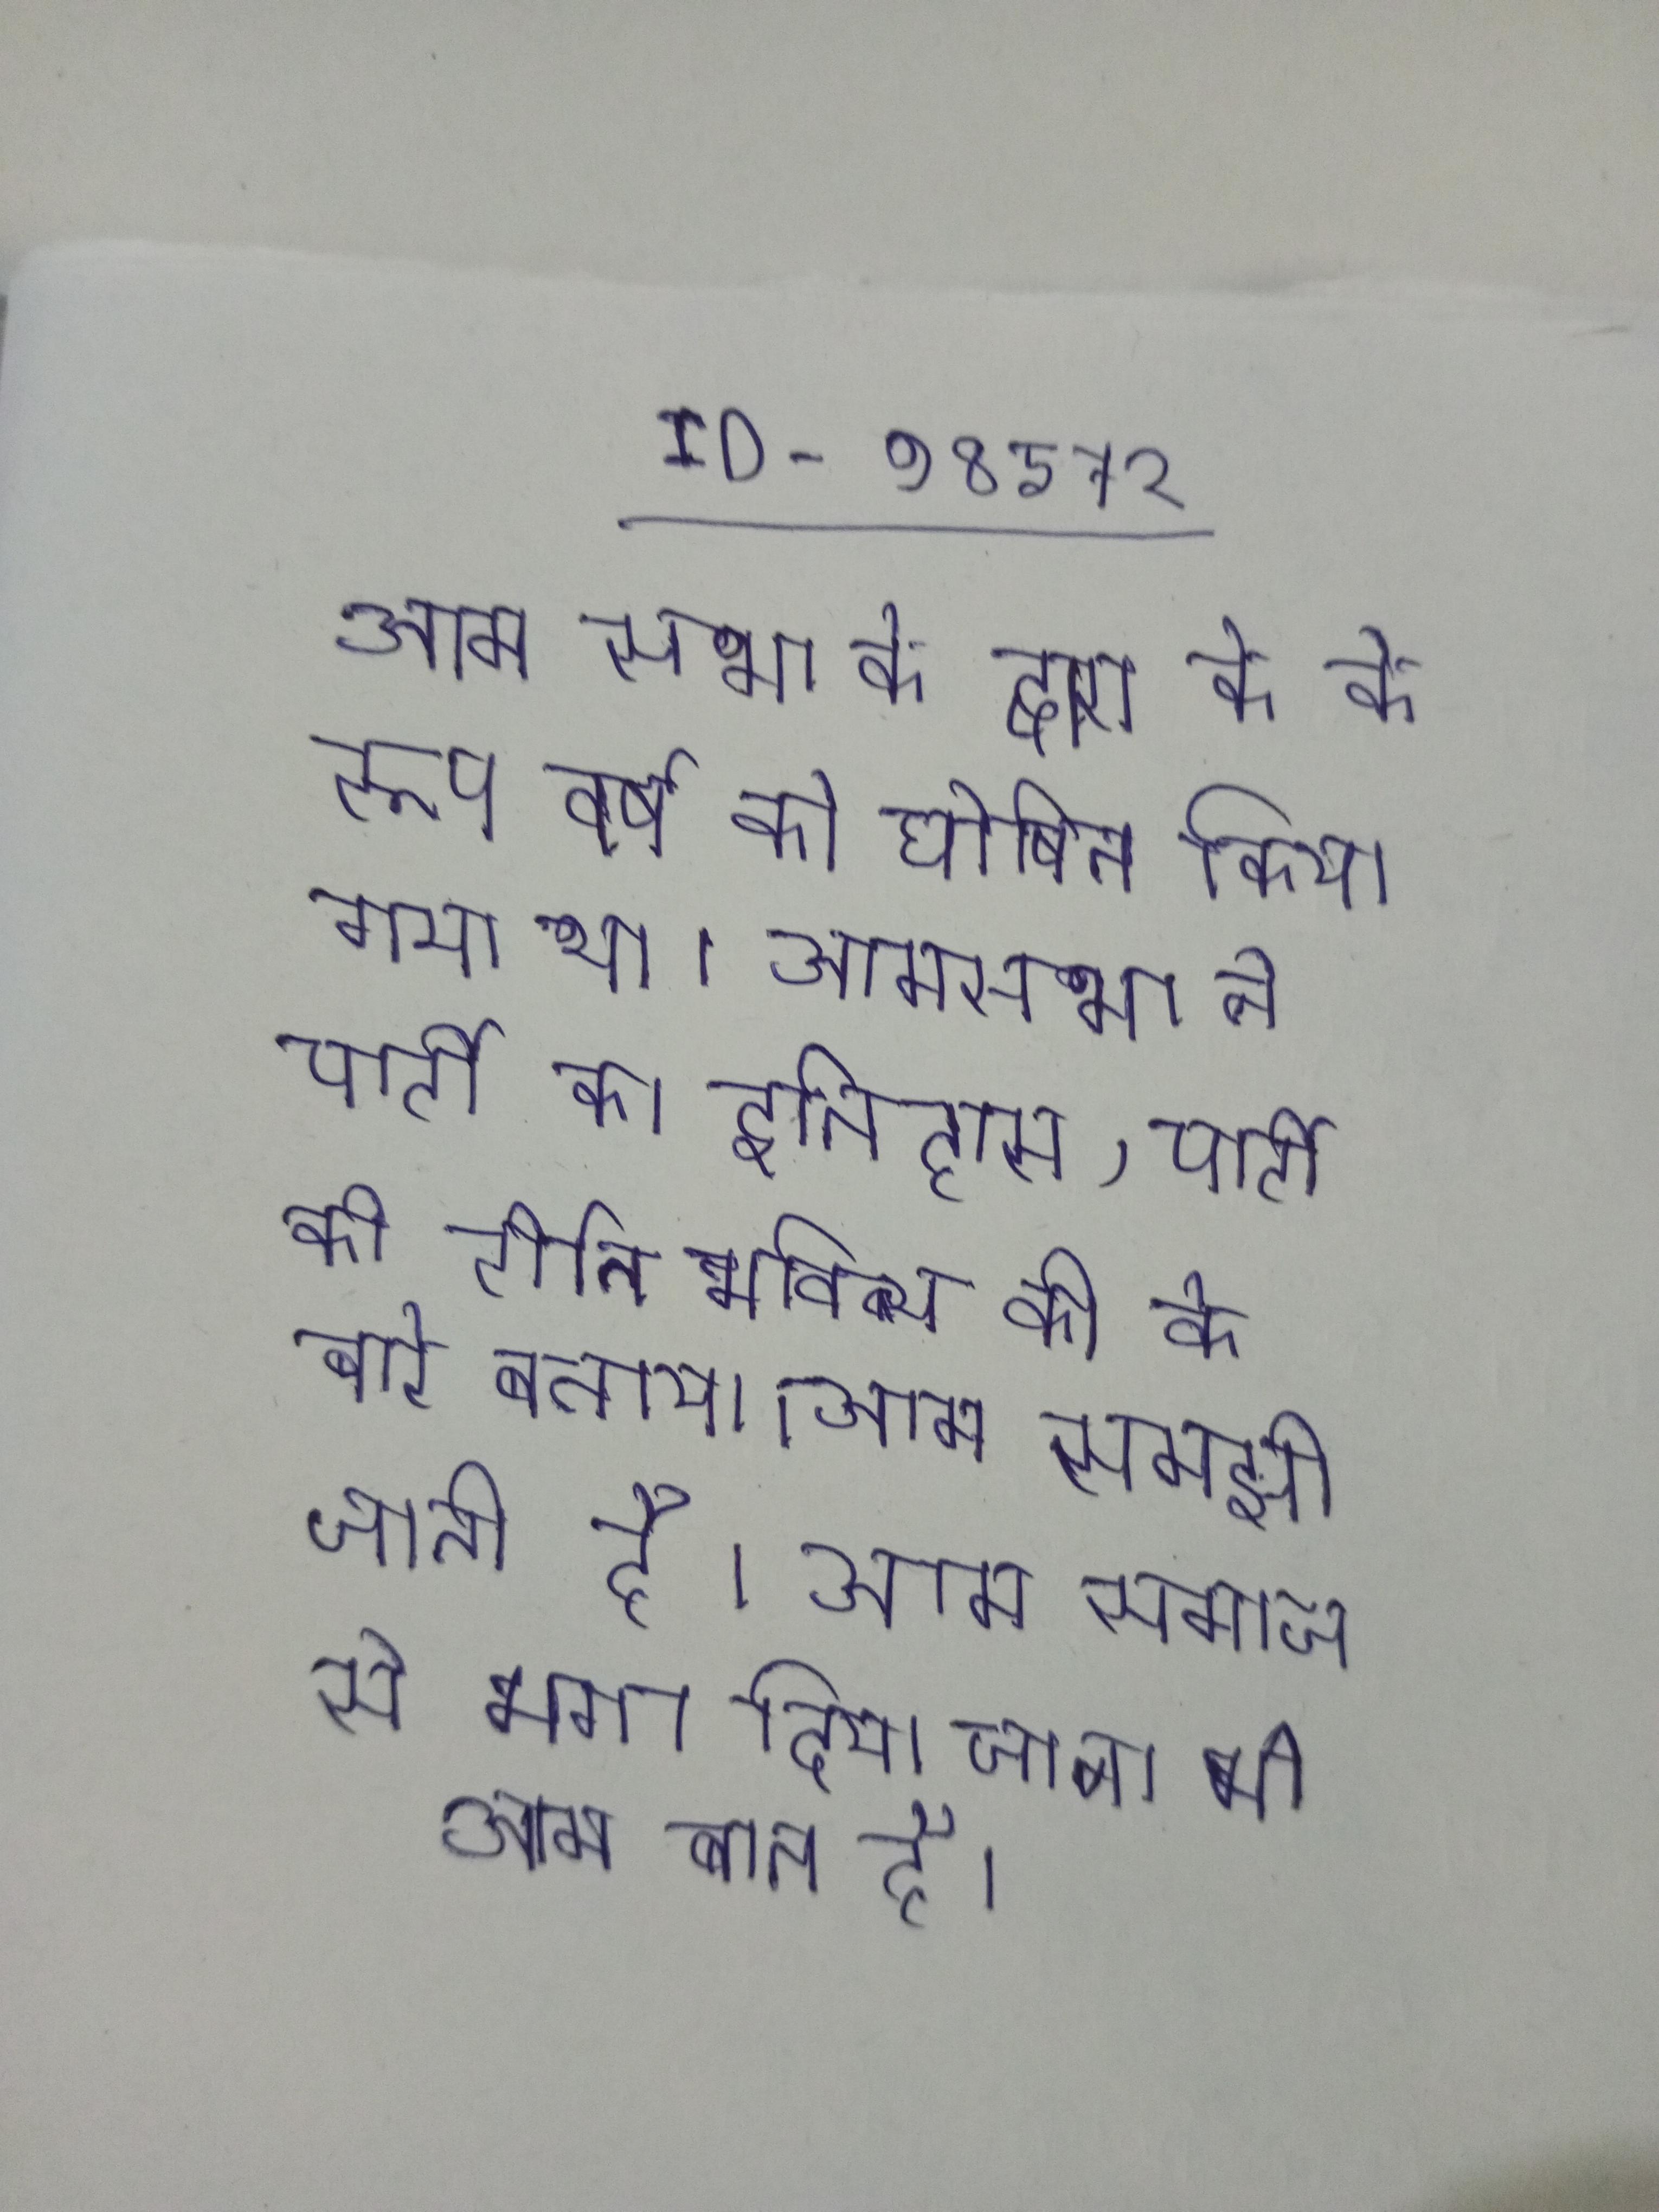
आम सभा के द्वारा के के रूप वर्ष को घोषित किया गया था । आमसभा ने पार्टी का इतिहास, पार्टी की रीति भविष्य की के बारे बताया । आम समझी जाती है । आम समाज से भगा दिया जाना भी आम बात है ।